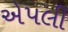
એપલી